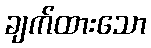
ချက်ထားသော